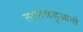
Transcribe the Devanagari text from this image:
तालकहुआनो